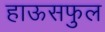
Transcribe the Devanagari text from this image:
हाऊसफुल